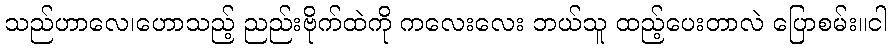
သည်ဟာလေ၊ဟောသည့် ညည်းဗိုက်ထဲကို ကလေးလေး ဘယ်သူ ထည့်ပေးတာလဲ ပြောစမ်း။ငါ